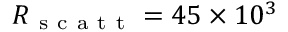
R _ { \mathrm { ~ s ~ c ~ a ~ t ~ t ~ } } = 4 5 \times 1 0 ^ { 3 }